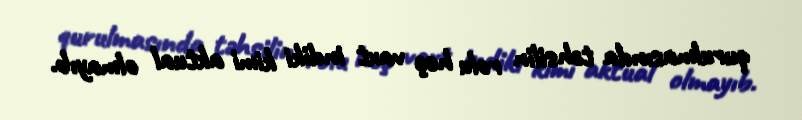
qurulmasında təhsilin rolu heç vaxt indiki kimi aktual olmayıb.